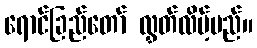
ရောင်ခြည်တော် လွှတ်လိမ့်မည်။